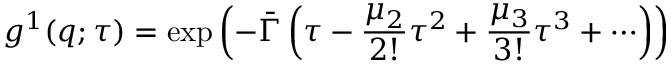
\ g ^ { 1 } ( q ; \tau ) = \exp \left( - { \bar { \Gamma } } \left( \tau - { \frac { \mu _ { 2 } } { 2 ! } } \tau ^ { 2 } + { \frac { \mu _ { 3 } } { 3 ! } } \tau ^ { 3 } + \cdots \right) \right)